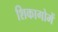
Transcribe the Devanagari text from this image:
शिकागोमें